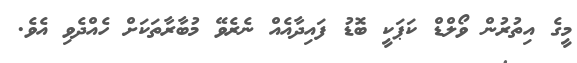
މީގެ އިތުރުން ވޯލްޑް ކަޕަކީ ބޮޑު ފައިދާއެެއް ނެރެވޭ މުބާރާތަކަށް ހެއްދެވި އެވެ.